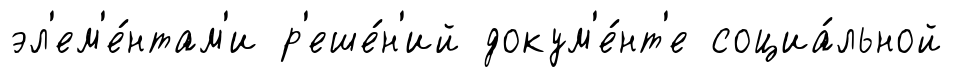
эл'ем'е́нтам'и р'еше́н'ий докум'е́нт'е социа́льной